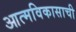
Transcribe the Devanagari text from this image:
आत्मविकासाची